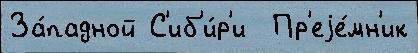
За́падной С'иб'и́р'и  Пр'еjе́мн'ик